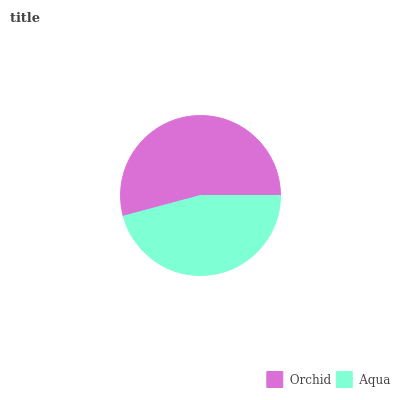
| Orchid | Aqua |
 | --- | --- |
 | 54.1% | 45.9% |